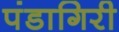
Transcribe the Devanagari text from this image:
पंडागिरी